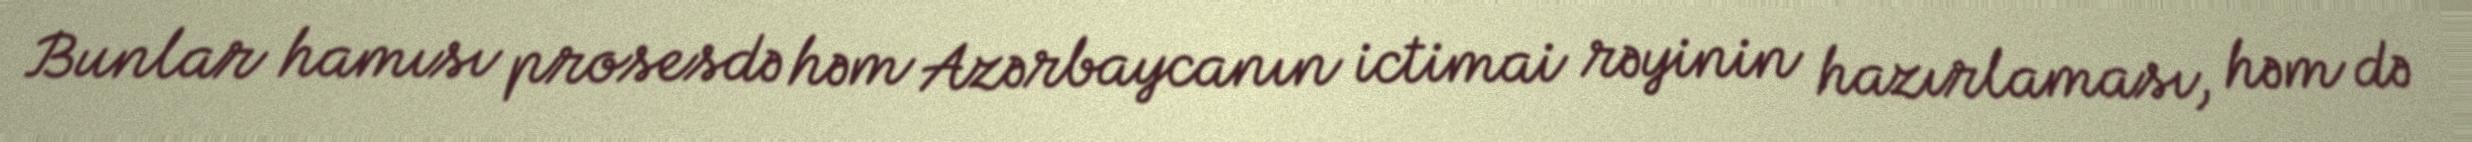
Bunlar hamısı prosesdə həm Azərbaycanın ictimai rəyinin hazırlaması, həm də